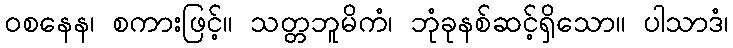
ဝစနေန၊ စကားဖြင့်။ သတ္တဘူမိကံ၊ ဘုံခုနစ်ဆင့်ရှိသော။ ပါသာဒံ၊